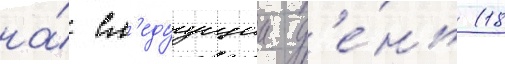
на́ сл'едуущии д'е́нь (18